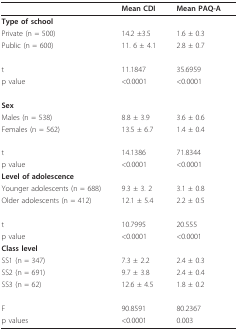
<table><thead><tr><td></td><td><b>Mean CDI</b></td><td><b>Mean PAQ-A</b></td></tr></thead><tbody><tr><td><b>Type of school</b></td><td></td><td></td></tr><tr><td>Private (n = 500)</td><td>14.2 ±3.5</td><td>1.6 ± 0.3</td></tr><tr><td>Public (n = 600)</td><td>11. 6 ± 4.1</td><td>2.8 ± 0.7</td></tr><tr><td>t</td><td>11.1847</td><td>35.6959</td></tr><tr><td>p value</td><td>&lt;0.0001</td><td>&lt;0.0001</td></tr><tr><td><b>Sex</b></td><td></td><td></td></tr><tr><td>Males (n = 538)</td><td>8.8 ± 3.9</td><td>3.6 ± 0.6</td></tr><tr><td>Females (n = 562)</td><td>13.5 ± 6.7</td><td>1.4 ± 0.4</td></tr><tr><td>t</td><td>14.1386</td><td>71.8344</td></tr><tr><td>p value</td><td>&lt;0.0001</td><td>&lt;0.0001</td></tr><tr><td><b>Level of adolescence</b></td><td></td><td></td></tr><tr><td>Younger adolescents (n = 688)</td><td>9.3 ± 3. 2</td><td>3.1 ± 0.8</td></tr><tr><td>Older adolescents (n = 412)</td><td>12.1 ± 5.4</td><td>2.2 ± 0.5</td></tr><tr><td>t</td><td>10.7995</td><td>20.555</td></tr><tr><td>p value</td><td>&lt;0.0001</td><td>&lt;0.0001</td></tr><tr><td><b>Class level</b></td><td></td><td></td></tr><tr><td>SS1 (n = 347)</td><td>7.3 ± 2.2</td><td>2.4 ± 0.3</td></tr><tr><td>SS2 (n = 691)</td><td>9.7 ± 3.8</td><td>2.4 ± 0.4</td></tr><tr><td>SS3 (n = 62)</td><td>12.6 ± 4.5</td><td>1.8 ± 0.2</td></tr><tr><td>F</td><td>90.8591</td><td>80.2367</td></tr><tr><td>p values</td><td>&lt;0.0001</td><td>0.003</td></tr></tbody></table>